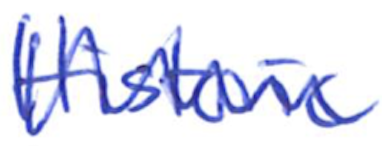
Text: Historic
Cross-out: zig-zag
Writing tool: ballpoint